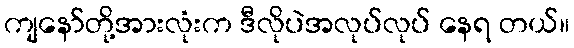
ကျနော်တို့အားလုံးက ဒီလိုပဲအလုပ်လုပ် နေရ တယ်။